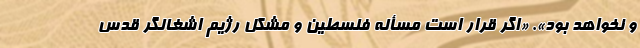
و نخواهد بود». «اگر قرار است مسأله فلسطین و مشکل رژیم اشغالگر قدس